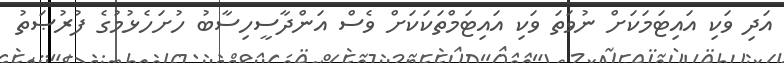
އަދި ވަކި އައިޓަމަކަށް ނުވަތަ ވަކި އައިޓަމްތަކަކަށް ވެސް އަންދާސީހިސާބު ހުށަހެޅުމުގެ ފުރުޞަތު